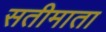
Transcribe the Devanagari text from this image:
सतीमाता